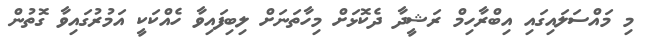
މި މައްސަލައިގައި އިބްރާހިމް ރަޝީދާ ދެކޮޅަށް މިހާތަނަށް ލިބިފައިވާ ހެއްކަކީ އަމުރުގައިވާ ގޮތުން